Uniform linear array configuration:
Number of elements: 4
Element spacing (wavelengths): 0.5
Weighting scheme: uniform
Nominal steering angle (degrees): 15
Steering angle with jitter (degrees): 14.223
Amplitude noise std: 0.05
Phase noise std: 0.05

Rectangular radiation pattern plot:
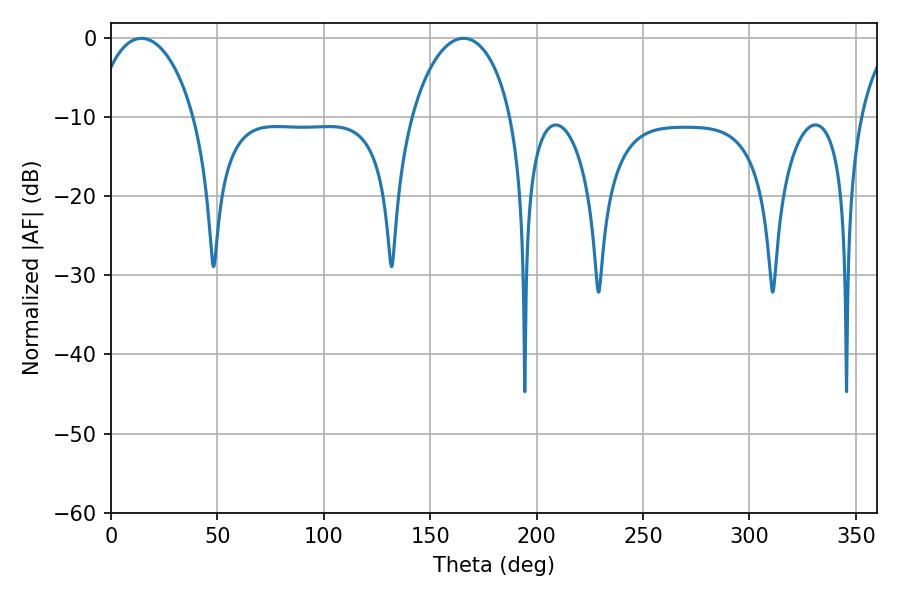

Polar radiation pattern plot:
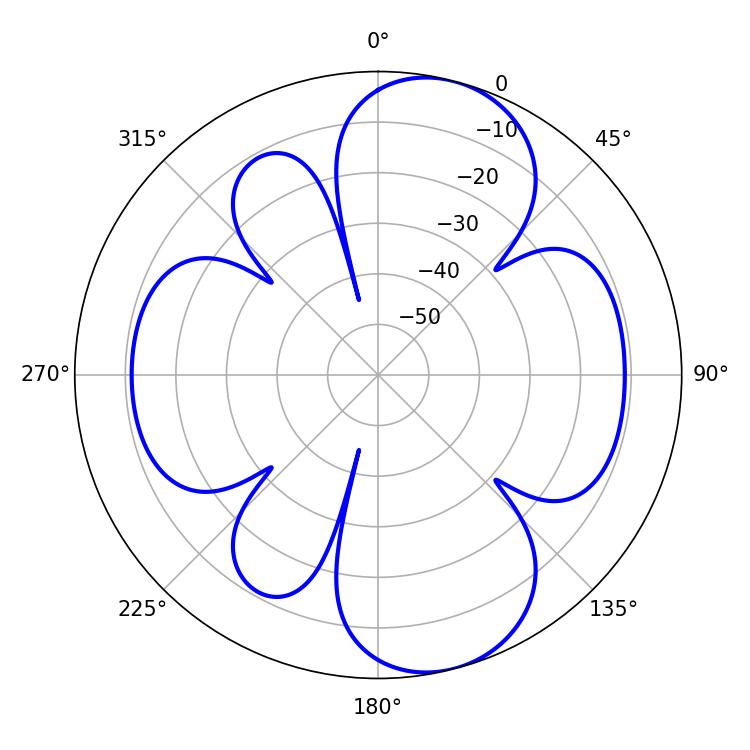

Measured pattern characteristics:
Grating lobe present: FALSE
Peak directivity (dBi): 9.274
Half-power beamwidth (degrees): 27
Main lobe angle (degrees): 14.4